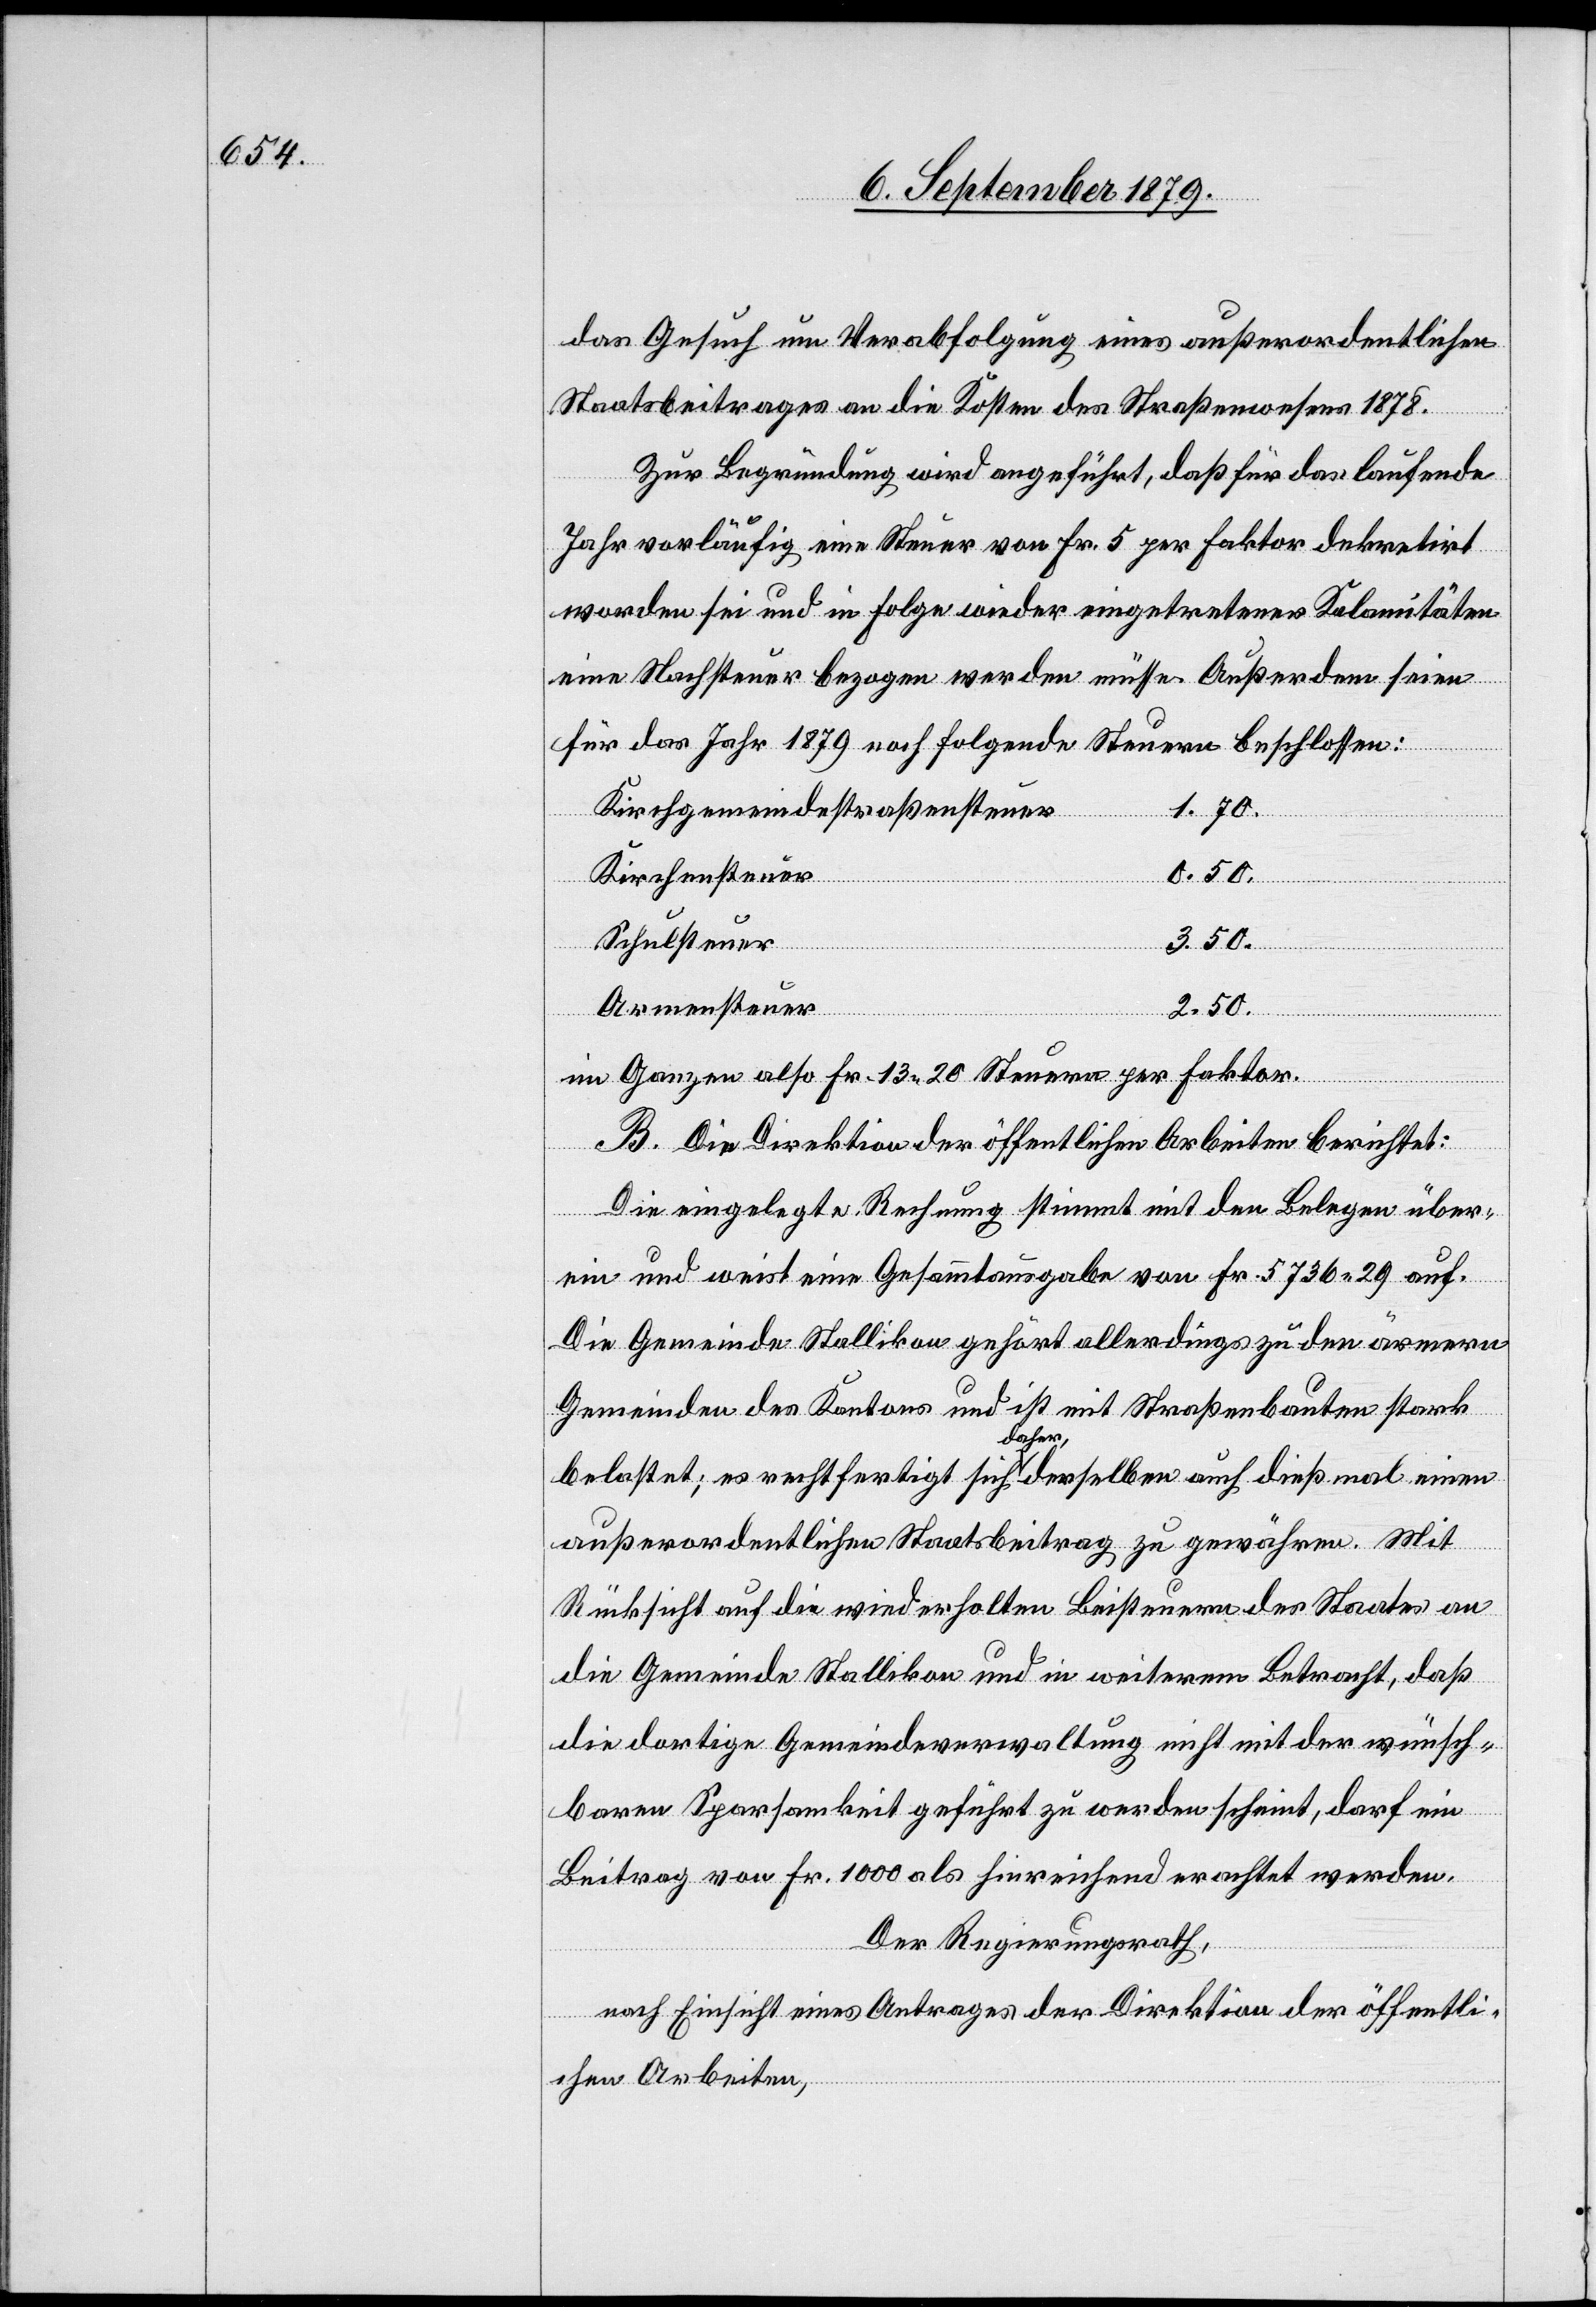
das Gesuch um Verabfolgung eines außerordentlichen
Staatsbeitrages an die Kosten des Straßenwesens 1878.
Zur Begründung wird angeführt, daß für das laufende
Jahr vorläufig eine Steuer von Fr. 5 per Faktor dekretirt
worden sei und in Folge wieder eingetretener Kalamitäten
eine Nachsteuer bezogen werden müsse. Außerdem seien
für das Jahr 1879 noch folgende Steuern beschlossen:
Kirchgemeindestraßensteuer
0.50.
Kirchsteuer
Schulsteuer
3.50.
Armensteuer
2.50.
im Ganzen also Fr. 13 20 Steuern per Faktor.
B. Die Direktion der öffentlichen Arbeiten berichtet:
Die eingelegte Rechnung stimmt mit den Belegen über¬
ein und weist eine Gesammtausgabe von Fr. 5739 29 auf.
Die Gemeinde Stallikon gehört allerdings zu den ärmeren
Gemeinden des Kantons und ist mit Straßenbauten stark
belastet; es rechtfertigt sich daher, derselben auch dießmal einen
außerordentlichen Staatsbeitrag zu gewähren. Mit
Rücksicht auf die wiederholten Beisteuern des Staates an
die Gemeinde Stallikon und in weiterem Betracht, daß
die dortige Gemeindeverwaltung nicht mit der wünsch¬
baren Sparsamkeit geführt zu werden scheint, darf ein
Beitrag von Fr. 1000 als hinreichend erachtet werden.
Der Regierungsrath,
nach Einsicht eines Antrages der Direktion der öffentli¬
chen Arbeiten,